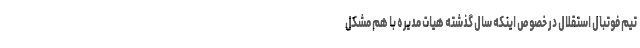
تیم فوتبال استقلال در خصوص اینکه سال گذشته هیات مدیره با هم مشکل